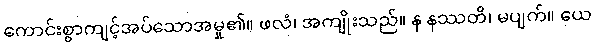
ကောင်းစွာကျင့်အပ်သောအမှု၏။ ဖလံ၊ အကျိုးသည်။ န နဿတိ၊ မပျက်။ ယေ